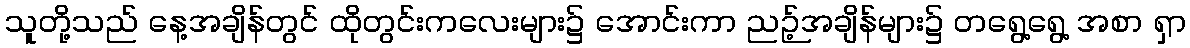
သူတို့သည် နေ့အချိန်တွင် ထိုတွင်းကလေးများ၌ အောင်းကာ ညဉ့်အချိန်များ၌ တရွေ့ရွေ့ အစာ ရှာ